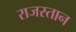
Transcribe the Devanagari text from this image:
राजस्तान